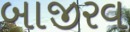
બાજીરવ